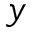
y